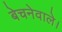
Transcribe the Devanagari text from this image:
बेचनेवाले।